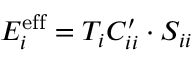
E _ { i } ^ { \mathrm { e f f } } = T _ { i } C _ { i i } ^ { \prime } \cdot S _ { i i }